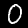
Label: 0